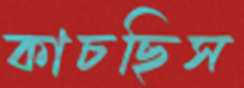
কাচছিস